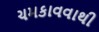
ચમકાવવાથી